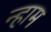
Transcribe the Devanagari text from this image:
न्हाम